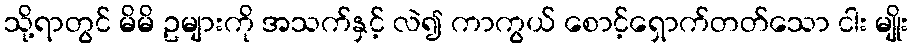
သို့ရာတွင် မိမိ ဥများကို အသက်နှင့် လဲ၍ ကာကွယ် စောင့်ရှောက်တတ်သော ငါး မျိုး